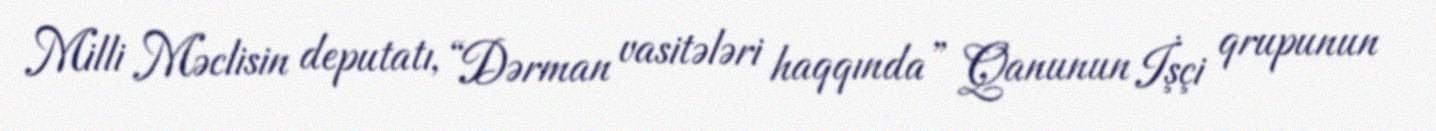
Milli Məclisin deputatı, “Dərman vasitələri haqqında” Qanunun İşçi qrupunun